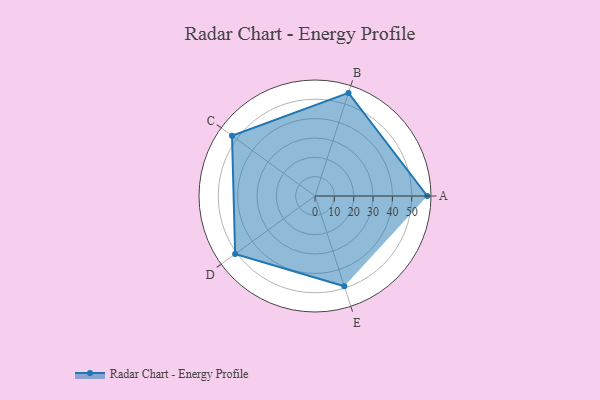
{"axis": {"x": "Skill", "y": "Score"}, "legend": ["Profile"], "data": [{"x": "A", "y": 58.0, "type": "Profile"}, {"x": "B", "y": 56.0, "type": "Profile"}, {"x": "C", "y": 53.0, "type": "Profile"}, {"x": "D", "y": 51.0, "type": "Profile"}, {"x": "E", "y": 49.0, "type": "Profile"}]}